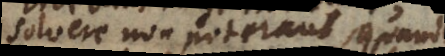
solvere non poterant, quando